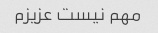
مهم نیست عزیزم